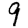
Digit: 9